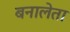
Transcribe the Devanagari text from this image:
बनालेता